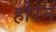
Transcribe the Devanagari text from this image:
होरन